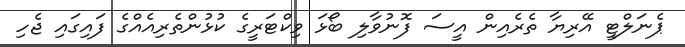
ޕެނަލްޓީ އޭރިޔާ ތެރެއިން އީސަ ފޮނުވާލި ބޯޅަ ވިކްޓަރީގެ ކުޅުންތެރިއެއްގެ ފައިގައި ޖެހި